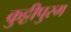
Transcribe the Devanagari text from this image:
कुट्टीपुरम